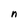
Character: n